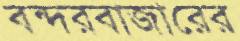
বন্দরবাজারের